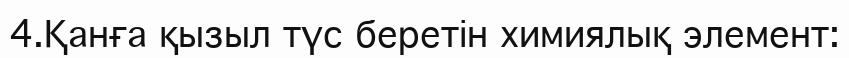
4.Қанға қызыл түс беретін химиялық элемент: